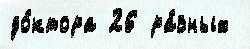
до́ктора 26 ра́зных